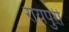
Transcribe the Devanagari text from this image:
रायपुरी